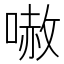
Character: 𠻲